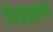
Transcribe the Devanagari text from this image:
रिप्राइज